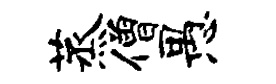
蒸僧愚